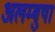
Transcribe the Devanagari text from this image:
अलम्बुषा